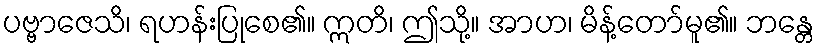
ပဗ္ဗာဇေသိ၊ ရဟန်းပြုစေ၏။ ဣတိ၊ ဤသို့။ အာဟ၊ မိန့်တော်မူ၏။ ဘန္တေ